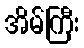
အိမ်ကြီး